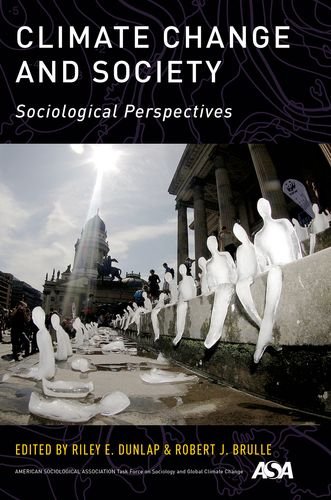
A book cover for Climate Change and Society: Sociological Perspectives; Science & Math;